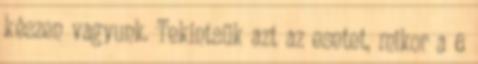
készen vagyunk. Tekintsük azt az esetet, mikor a 6